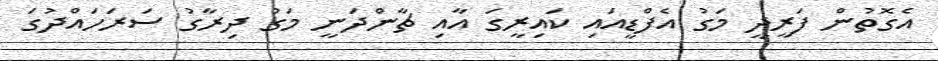
އެގޮތުން ފަރީދީ މަގު އެފްޑީއައި ކައިރީގަ އާއި ޗާންދަނީ މަގު ދިރާގު ސަރަހައްދުގަ